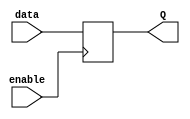
module latch(
    input data,
    input enable,
    output reg Q
);

always @(posedge enable) begin
    if(enable) begin
        Q <= data;
    end
end

endmodule